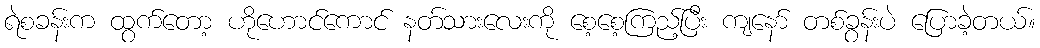
ရဲစခန်းက ထွက်တော့ ဟိုဟောင်ကောင် နတ်သားလေးကို စေ့စေ့ကြည့်ပြီး ကျနော် တစ်ခွန်းပဲ ပြောခဲ့တယ်။